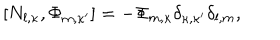
[ N _ { l , \kappa } , \Phi _ { m , \kappa ^ { \prime } } ] = - \Phi _ { m , \kappa } \delta _ { \kappa , \kappa ^ { \prime } } \delta _ { l , m } ,